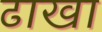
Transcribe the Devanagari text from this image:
ढाखा